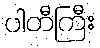
ပါတီကြီး